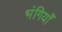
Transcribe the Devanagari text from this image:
भंगियाँ